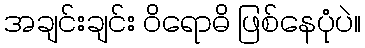
အချင်းချင်း ဝိရောဓိ ဖြစ်နေပုံပဲ။